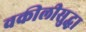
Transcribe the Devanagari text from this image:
वकीलीसुद्धा